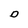
Character: D